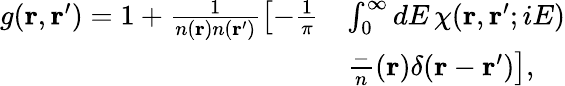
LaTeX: \begin{array}{rl}{g(\mathbf{r},\mathbf{r}^{\prime})=1+\frac{1}{n(\mathbf{r})n(\mathbf{r}^{\prime})}\left[-\frac{1}{\pi}\right.}&{\int_{0}^{\infty}dE\, \chi(\mathbf{r},\mathbf{r}^{\prime};iE)}\\ &{\left.\frac-n(\mathbf{r})\delta(\mathbf{r}-\mathbf{r}^{\prime})\right],}\end{array}